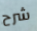
شرح